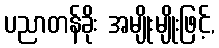
ပညာတန်ခိုး အမျိုးမျိုးဖြင့်,